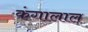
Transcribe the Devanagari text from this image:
कंगालाल